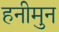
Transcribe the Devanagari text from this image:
हनीमुन